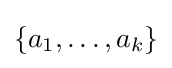
\{a_{1},\ldots ,a_{k}\}